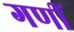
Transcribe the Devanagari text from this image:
गणीं